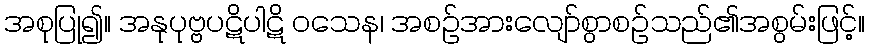
အစုပြု၍။ အနုပုဗ္ဗပဋိပါဋိ ဝသေန၊ အစဉ်အားလျော်စွာစဉ်သည်၏အစွမ်းဖြင့်။